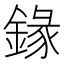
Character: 䤸